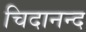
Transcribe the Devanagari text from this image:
चिदानन्‍द